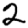
Digit: 2